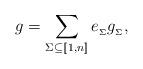
LaTeX: \begin{align*} g = \sum_{\Sigma\subseteq [\![1,n]\!]} e_{_\Sigma}g_{_\Sigma},\end{align*}